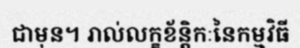
ជាមុន។ រាល់លក្ខខ័ន្តិកៈនៃកម្មវិធី